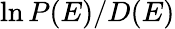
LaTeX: \ln P(E)/D(E)